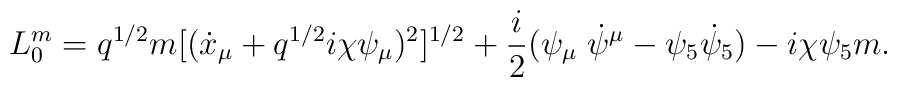
L_{0}^m = q^{1/2}  m [(\dot x_{\mu} +q^{1/2} i \chi \psi_{\mu})^2 ]^{1/2}+ \frac{i}{2}(\psi_{\mu}\;\dot \psi^{\mu} - \psi_{5} \dot \psi_{5})- i \chi \psi_{5} m.